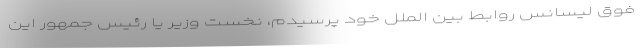
فوق لیسانسِ روابط بین الملل خود پرسیدم، نخست وزیر یا رئیس جمهور این